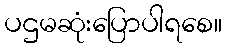
ပဌမဆုံးပြောပါရစေ။